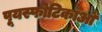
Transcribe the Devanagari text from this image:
पूयस्फोटिकाओं